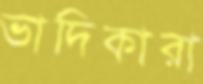
ভাদিকারা